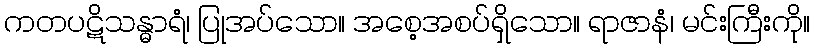
ကတပဋိသန္ဓာရံ၊ ပြုအပ်သော။ အစေ့အစပ်ရှိသော။ ရာဇာနံ၊ မင်းကြီးကို။